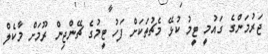
ޖަރުމަންގެ ގައުމީ ޓީމު ކުޅޭ މެޗުތަކަށް ފަހު ޓީމުގެ ޗޭންޖިން ރޫމަށް މާކެލް